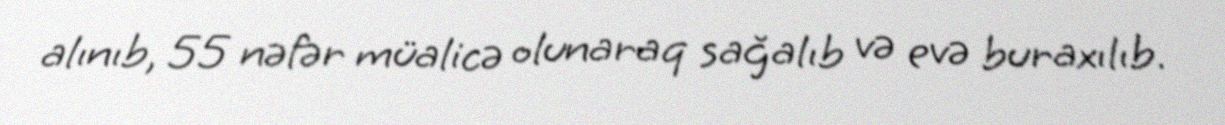
alınıb, 55 nəfər müalicə olunaraq sağalıb və evə buraxılıb.